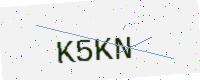
Text: K5KN